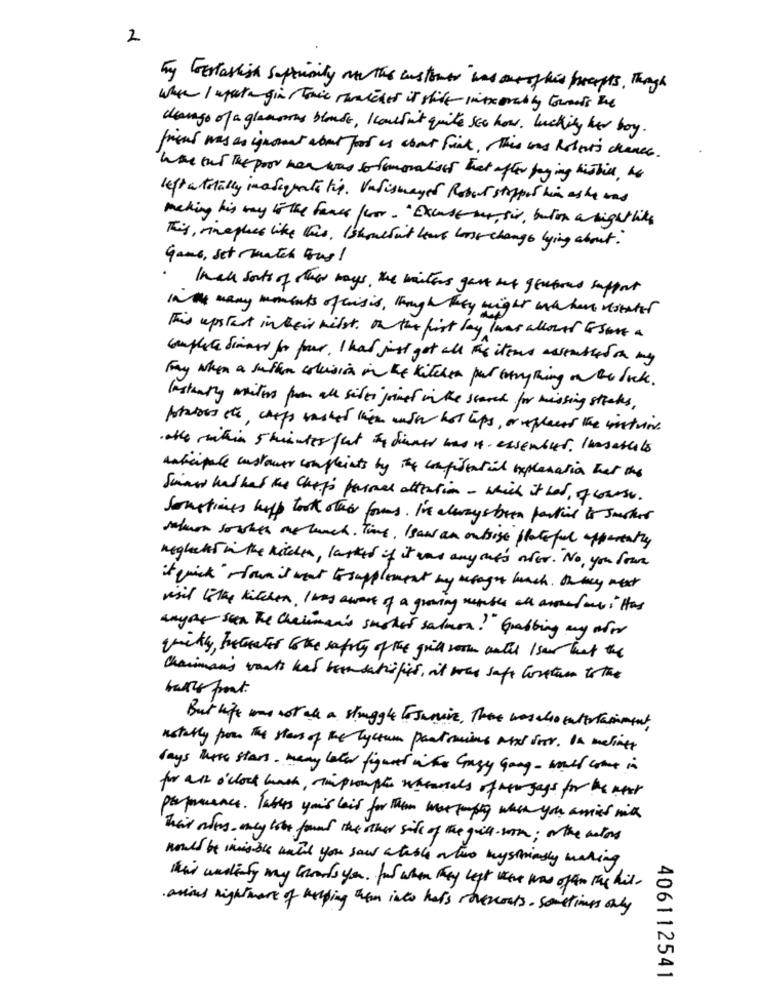
2
my Greatashish septimity and the customer was ourofhis prompts , Though
when I ugernegin Tonic Thatcher it still inexorably towards the
change of a glanmas blouse, Icouldn't quite see how. bucking her boy.
friend was an ignorant about food is about fint , this was Robert's chance.
was out the poor new was so fomoraliser That after trying histil, he
left atotally inadequate tis. Vadismayed Robert stoppet him ashe was
making his way to the fames foror . " Excuse sur, sir , buton a nightlike
This, rinephes like this, Ishouldn't have loose change lying about
Game, set Match Bus!
Inall sorts of other ways , the waiters gave but gentous support
in many moments ofcrisis, though they might wa have notater
This upstart intheir hilst . on the first ly Iwas allowed Esare a
complete Simard for four, I had just got all the items assembled on my
Fay when a suffiom colusion in the kitchen par everything on the lock.
Instantly miles from all sides joined in the search for missing straks,
Astatus de, chips washet when with hot lips, or xplaces the innstrind.
otte within shiites fut & dinner was A. ensembles. Insarlets
watäpple customer complaints by the confidential explanation that the
Sinos has had the Chips passes attention - which it has, yours.
Sometimes help took other forms . I'm always been partial is Juster
salwon sowhen we lunch Time, I saw an outsige plate ful apparently
meglacks in the kitchen, lasked if it was anyone's otor. No , you four
it wick" shown is what to supplement my retaget bunch. on key next
visit tothe kitchen, I was aware of a growing resible all around my :" Has
anyany seen The chairman's susher salmon!" Grabbing my nfor
willy, Interestor the safety of the grill worn until I saw that the
Chairman's wants has beensatisfies , it was safe constam to the
basis front.
But life was not ale a struggle ForJamie, There was also entertainment
instantly pour the stars of the lyceum partsmins Next door. In maliner
days hate stars . many later figured inthe Guzy Gong- will come in
for all o'clock lash , rimpromphe wearsals of new gays for the next
permanence. Tables you's lair for them mot temping when you amies mix
This oders. wney lobe found the other side of the guil som ; or the motors
would be invisible until you saw a table or two mystriasly making
Mais undinty my Grounds you. fut when they left were was of the the hit.
.arious nightmare of helping them into hat's rovercosts . sometimes only
406112541